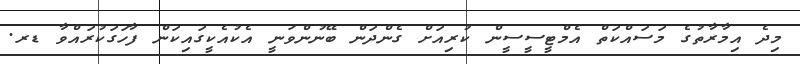
މިދެ އިމާރާތުގެ މަސައްކަތް އެމްޓީސީސީން ކުރިއަށް ގެންދަން ބޭނުންވަނީ އެކުއެކީގައިކަން ފާހަގަކުރައްވާ ޑރ.